Calcutta medical institutions reports 1879-81 [i.e.91]
Year: 1879
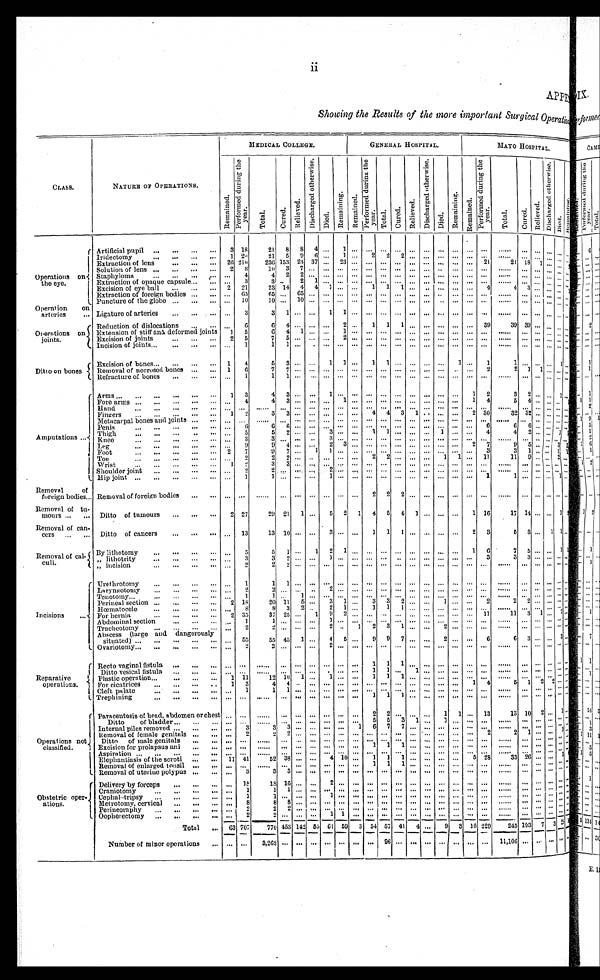
S h o w i n g t h e R e s u l t s o f t h e m o r e i m p o r t a n t S u r g i c a l O p e r a t i o n
CLASS...
NATURE OF OPERATIONS.
MEDICAL COLLEGE.
GENERAL HOSPITAL.
MAYO HOSPITAL.
Re ma i n e d .
P e r f o r m e d d u r i n g t h e y e a r .
Tot a l . Cur ed.
R e l i e v e d .
D i s c h a r g e d o t h e r w i s e .
Di e d.
R e m a i n i n g . . R e ma i n e d .
P e r f o r m e d d u r i n g t h e y e a r .
Total.
Cu r e d .
Re l i e ve d.
D i s c h a r g e d o t h e r w i s e .
Died.
R e m a i n i n g . R e m a i n e d .
P e r f o r m e d d u r i n g t h e y e a r .
T o t a l .
Cur ed.
R e l i e v e d .
D i s c h a r g e d o t h e r w i s e .
Di e d .
Remai ni ng.
Operations on
the eye...
Artificial pupil
3 18
2 1 8 8 4 . . . 1 ...
. . . . . . . . . . . . . . . . . .
... ...
. . .
. . . . . . . . . . . . . . . . . .
Iridectomy
1 20
21 5 9
6 . . . 1 . . . 2 2 2 . . . . . . . . . . . . . . . . . .
. . . . . . . . . . . . . . . . . .
Extraction of lens
26 210
236 153 23 37 . . . 23 . . . . . . . . . . . . . . . . . . . . . . . . . . .
. . . 21
21 18 1 . . . . . . . . .
Solution of lens
2 8
1 0 3 7 . . . . . . . . . . . . . . . . . . . . . . . . . . . . . . . . . . . . . . .
. . .
. . . . . . . . . . . .
Staphyloma
. . . 4
4 2 2 . . . . . . . . . . . . . . . . . . . . . . . . . . . . . . . . . . . . . . .
. . . . . . . . . . . . . . . . . .
Extraction of opaque capsule
. . . 3
3 . . .
2 1 . . . . . . . . . . . . . . . . . . . . . . . . . . . . . . . . . . . .
. . . . . . . . . . . . . . . . . .
Excision of eye ball
2 21
23 14 4 4 1 . . . . . . 1 1 1 . . . . . . . . . . . . . . . 4
4 3 . . . . . . . . . 1
Extraction of foreign bodies
. . . 6 5
6 5 . . . 6 5 . . . . . . . . . . . .
. . . . . . . . . . . .
. . . . . . . . . . . . . . .
. . . . . . . . .
. . . . . . . . .
Puncture of the globe
. . . 10
1 0 . . . 1 0 . . . . . . . . . . . . . . . . . . . . . . . . . . . . . . . . . . . . . . .
. . . . . . . . . . . . . . . . . .
Operation on
arteries
Ligature of arteries
. . . 3
3 1 . . . . . . 1 1 . . . . . . . . . . . . . . . . . . . . . . . . . . . . . .
. . . . . . . . . . . . . . . . . .
Operations on
joints...
Reduction of dislocations
. . . 6
6 4 . . . . . . . . . 2 . . . 1 1
1 . . . . . . . . . . . . . . . 3 9
39 39
. . . . . . . . . . . .
Extension of stiff and deformed joints
1 5
6 4 1
. . . . . . 1 . . . . . . . . . . . . . . . . . . . . . . . . . . . . . .
. . . . . . . . . . . . . . . . . .
Excision of joints
2 5
7 5 . . . . . . . . . 2 . . . . . . . . . . . . . . . . . . . . . . . . . . . . . .
. . . . . . . . . . . . . . . . . .
Incision of joints
. . . 1
1 1 . . . . . . . . . . . . . . . . . . . . . . . . . . . . . . . . . . . . . . . . . .
. . .
. . . . . . . . . . . . . . .
Ditto on bones
Excision of bones
1 4
5 3 . . . . . . 1 1 . . . 1 1
. . . . . . . . . . . . 1 . . . 1
1 . . . . . . . . . 1 . . .
Removal of necrosed bones
1 6
7 7 . . . . . . . . . . . . . . . . . . . . . . . . . . . . . . . . . . . . . . . 2
2 1 1 . . . . . . . . .
Refracture of bones
. . . 1
1 1 . . . . . . . . . . . . . . . . . . . . . . . . . . . . . . . . . . . . . . . . . .
. . .
. . . . . . . . . . . . . . .
A m p u t a t i o n s Arms
1 3
4 3 . . . . . . 1 . . . . . . . . . . . . . . . . . . . . . . . . . . . 1 2
3 2 . . . . . . 1 . . .
Fore arms
. . . 4
4 3 . . . . . . . . . 1 . . . . . . . . . . . . . . . . . . . . . . . . 1 4
5 4 . . . . . . . . .
Hand
. . . . . .
. . . . . . . . . . . . . . . . . . . . . . . . . . . . . . . . . . . . . . . . . . . . . . . .
. . . . . . . . . . . . . . . . . .
Fingers
1 2
3 3 . . . . . . . . . . . . . . .
4 4 3 1 . . . . . . . . . 2 30
32 32 . . . . . . . . . . . .
Metacarpal bones and joints
. . . . . .
. . . . . . . . . . . . . . . . . . . . . . . . . . . . . . . . . . . . . . . . . . . . . . . .
. . . . . . . . . . . . . . . . . .
Penis
. . . 6
6 6 . . . . . . . . . . . . . . . . . . . . . . . . . . . . . . . . . . . . . . . 6
6 6 . . .
. . . . . . . . .
Thigh
. . . 5
5 2 . . . . . . 3 . . . . . . 1 1
. . . . . . . . . 1 . . . . . . 4
4 2 . . . . . . 1 1
Knee
. . . 3
3 . . . . . . . . . 3 . . . . . . . . . . . . . . . . . . . . . . . .
. . . . . .
. . . . . . . . . . . . . . . . . .
Leg
. . . 9
9 4 . . . . . . 2 3 . . . . . . . . . . . . . . . . . . . . . . . . 2 7
9 5 . . . . . . 3 1
Foot
2 7
9 7 . . . 1 1 . . .
. . . . . . . . . . . . . . . . . . . . . . . . . . . 3
3 1 . . . . . . 1 1
Toe
. . . 2
2 2 . . . . . . . . . . . . . . . 2 2 . . . . . . . . . 1 1 . . . 11
11 9
. . . . . . 2 . . .
Wrist
1
2
3 3 . . . . . . . . . . . . . . . . . . . . . . . . . . . . . . . . . . . . . . . . . .
. . . . . . . . . . . . . . . . . .
Shoulder joint
. . . 2
2 . . . . . . . . . . . . 2 . . . . . . . . . . . . . . . . . . . . . . . . . . . . . . . . .
. . . . . . . . . . . . . . . . . .
Hip joint
. . . 1
1 . . . . . . . . . 1 . . . . . . . . . . . . . . . . . . . . . . . . . . . . . . 1
1 . . . . . . . . . 1 . . .
Removal of
foreign bodies Removal of foreign bodies
. . . . . .
. . .
. . . . . . . . . . . . . . . . . . 2 2 2 . . . . . . . . . . . . . . . . . .
. . .
. . . . . . . . . . . . . . .
Removal of tu-
mours
Ditto of tumours
2 27
29 21 1 . . . 5 2 1 4 5 4 1 . . . . . . . . . 1 16
17 14 . . . . . . 1
Removal of can-
cers
Ditto of cancers
. . . 13
13 10 . . . . . . 3 . . . . . . 1 1 1 . . . . . . . . . . . . 2 3
5 3 . . . 1 1 . . .
Removal of cal
-culi...
By lithotomy
. . . 5
5 1 . . . 1 2 1 . . .
. . . . . .
. . . . . . . . . . . . . . . 1 6
7 5
. . . . . . 1 1
,, lithotomy
. . . 3
3 2 . . . . . . 1 . . . . . . . . . . . . . . . . . . . . . . . . . . . . . .
3
3 3 . . . . . . . . . . . .
,, incision
. . . 2
2 2 . . . . . . . . . . . . . . . . . . . . . . . . . . . . . . . . . . . . . . . . . .
. . . . . . . . . . . . . . . . . .
I n c i s i o n s Urethrotomy
. . . 1
1 1 . . . . . . . . . . . . . . . . . . . . . . . . . . . . . . . . . . . . . . . . . .
. . . . . . . . . . . . . . . . . .
Laryngotomy
. . . 2
2 . . . . . . . . . 2 . . . . . . . . . . . . . . . . . . . . . . . . . . . . . . . . .
. . . . . . . . . . . . . . . . . .
Tenotomy
. . . 1
1 . . . 1 . . .
. . . . . . . . . . . . . . . . . . . . . . . . . . . . . . . . . . . .
. . .
. . . . . . . . . . . . . . .
Perineal section
2 18
20 11 5 . . . 3 1 . . . 3 3 2 . . .
. . . 1 . . . . . . 2
2 2 . . . . . . . . . . . .
Hœmatocele
. . . 8
8 3
2 . . .
2 1 . . . 1 1
1 . . . . . . . . . . . . . . . . . .
. . . . . . . . . . . . . . . . . .
For hernia
2 35
37 25 . . . 1 9 2 . . . . . .
. . . . . . . . . . . . . . . . . . . . . 11
11 3 1 . . . 7 . . .
Abdominal section
. . . 1
1 . . . . . . . . . 1 . . . . . . . . . . . . . . . . . . . . . . . . . . . . . . . . .
. . . . . . . . . . . . . . . . . .
Tracheotomy
. . . 2
2 . . . . . . . . . 2 . . . 1 2 3 1
. . . . . . 2
. . . . . .
. . .
. . .
. . . . . . . . . . . . . . .
Abscess (large and dangerously
situated)
. . . 55
55 45 1 . . . 4 5 . . . 9 9 7
. . . . . .
2
. . .
. . .
6
6
3 . . .
. . . 3 . . .
Ovariotomy
. . . 2
2 . . . . . . . . . 2 . . . . . . . . . . . . . . . . . . . . . . . . . . . . . . . . .
. . . . . . . . . . . . . . . . . .
R e p a r a t i v e o p e r a t i o n s . . . Recto vaginal fistula
. . . . . .
. . .
. . . . . . . . . . . . . . . . . . 1 1 1
. . . . . .
. . . . . .
. . . . . .
. . .
. . . . . . . . . . . . . . .
Ditto vesical fistula
. . . . . .
. . .
. . . . . . . . . . . . . . . . . . 1 1 . . . 1
. . . . . .
. . . . . . . . .
. . . . . . . . . . . . . . . . . .
Plastic operation
1 11
12 10 1 . . . 1 . . . . . . 1 1 1
. . . . . . . . . . . . . . . . . .
. . .
. . . . . . . . . . . . . . .
For cicatrices
1
3
4 4 . . . . . . . . . . . . . . . . . . . . . . . . . . . . . . . . . . . .
1 4
5
1 2 2 . . . . . .
Cleft palate
. . . 1
1 1 . . . . . . . . . . . . . . . . . . . . . . . . . . . . . . . . . . . . . . . . . .
. . . . . . . . . . . . . . . . . .
Trephining
. . . . . .
. . . . . . . . . . . . . . . . . . . . . 1 1 1
. . . . . . . . . . . . . . . . . .
. . . . . . . . . . . . . . . . . .
Operations not
classified...
Paracentesis of head, abdomen or chest . . . . . .
. . .
. . . . . . . . . . . .
. . . . . . 2 2 . . . . . . . . . 1 1 . . . 13
13 10 2 . . . 1 . . .
Ditto of bladder
. . . . . .
. . .
. . .
. . . . . . . . . . . . . . .
5 5
3 1 . . . 1 . . . . . . . . .
. . . . . . . . . . . . . . . . . .
Internal piles removed
. . .
3
3 3 . . . . . . . . . . . .
1 6 7
7 . . .
. . . . . . . . . . . . . . .
. . . . . . . . . . . . . . . . . .
Removal of female genitals
. . . 2
2 2 . . . . . . . . . . . . . . . . . . . . . . . . . . . . . . . . . . . .
. . . 2
2 1 . . . . . . 1 . . .
Ditto of male genitals
. . . . . .
. . .
. . . . . . . . .
. . . . . . . . . . . . . . . . . . . . . . . . . . . . . . . . . . . .
. . . . . . . . . . . . . . . . . .
Excision for prolapsus ani
. . . . . .
. . .
. . . . . . . . . . . . . . . . . . 1 1 1. . . . . . . . .
. . . . . . . . . . . .
. . .
. . . . . . . . . . . . . . .
Apiration
. . . . . .
. . .
. . . . . . . . . . . . . . . . . . . . . . . . . . . . . . . . . . . . . . . . . . . . .
. . .
. . . . . . . . . . . . . . .
Elephantiasis of the scroti
11 41
•...
52 38 . . . . . . 4 10 . . . 1 1 1
. . . . . . . . . . . . 5 28
33 26 . . . . . . 8 . . .
Removal of enlarged tonsil
. . .
. . .
. . .
. . . . . .
. . . . . . . . . . . . 1 1
1 . . . . . . . . . . . . . . . . . .
. . . . . . . . . . . . . . . . . .
Removal of uterine polypus
. . . 3
3 3 . . . . . . . . . . . . . . . . . . . . . . . . . . . . . . . . . . . . . . . . . .
. . . . . . . . . . . . . . . . . .
O b s t y e t r i c o p e r a t i o n s . . . Delivery by forceps
. . . 18
1 8 1 6 . . . . . . 2 . . . . . . . . . . . . . . . . . . . . . . . . . . . . . . . . .
. . . . . . . . . . . . . . . . . .
Craniotomy
. . . 1
1 1 . . . . . . . . . . . . . . . . . . . . . . . . . . . . . . . . . . . . . . . . . .
. . . . . . . . . . . . . . . . . .
Cephal tripsy
. . . 1
1 . . . . . . . . . 1 . . . . . . . . . . . . . . . . . . . . . . . . . . . . . . . . .
. . . . . . . . . . . . . . . . . .
Metrotomy, cervical
. . . 8
8 8 . . . . . . . . . . . . . . . . . . . . . . . . . . . . . . . . . . . . . . . . . .
. . . . . . . . . . . . . . . . . .
Perineoraphy
. . . 2
2 2
. . . . . . . . . . . . . . . . . . . . . . . . . . . . . . . . . . . . . . . . . .
. . . . . . . . . . . . . . . . . .
Oopherectomy
. . . 2
2 . . . . . . . . . 1 1 . . . . . . . . . . . . . . . . . . . . . . . . . . . . . .
. . . . . . . . . . . . . . . . . .
Total
63 707
770 453 142 55 61 59 3 54 57 41 4 . . . 9 3 16 229
245 193 7 3 2 5
Number of minor operations
. . . . . . 3,268 . . . . . . . . . . . . . . . . . . . . . 96 . . . . . . . . . . . . . . . . . .
. . . 11,106 . . . . . . . . . . . . . . .